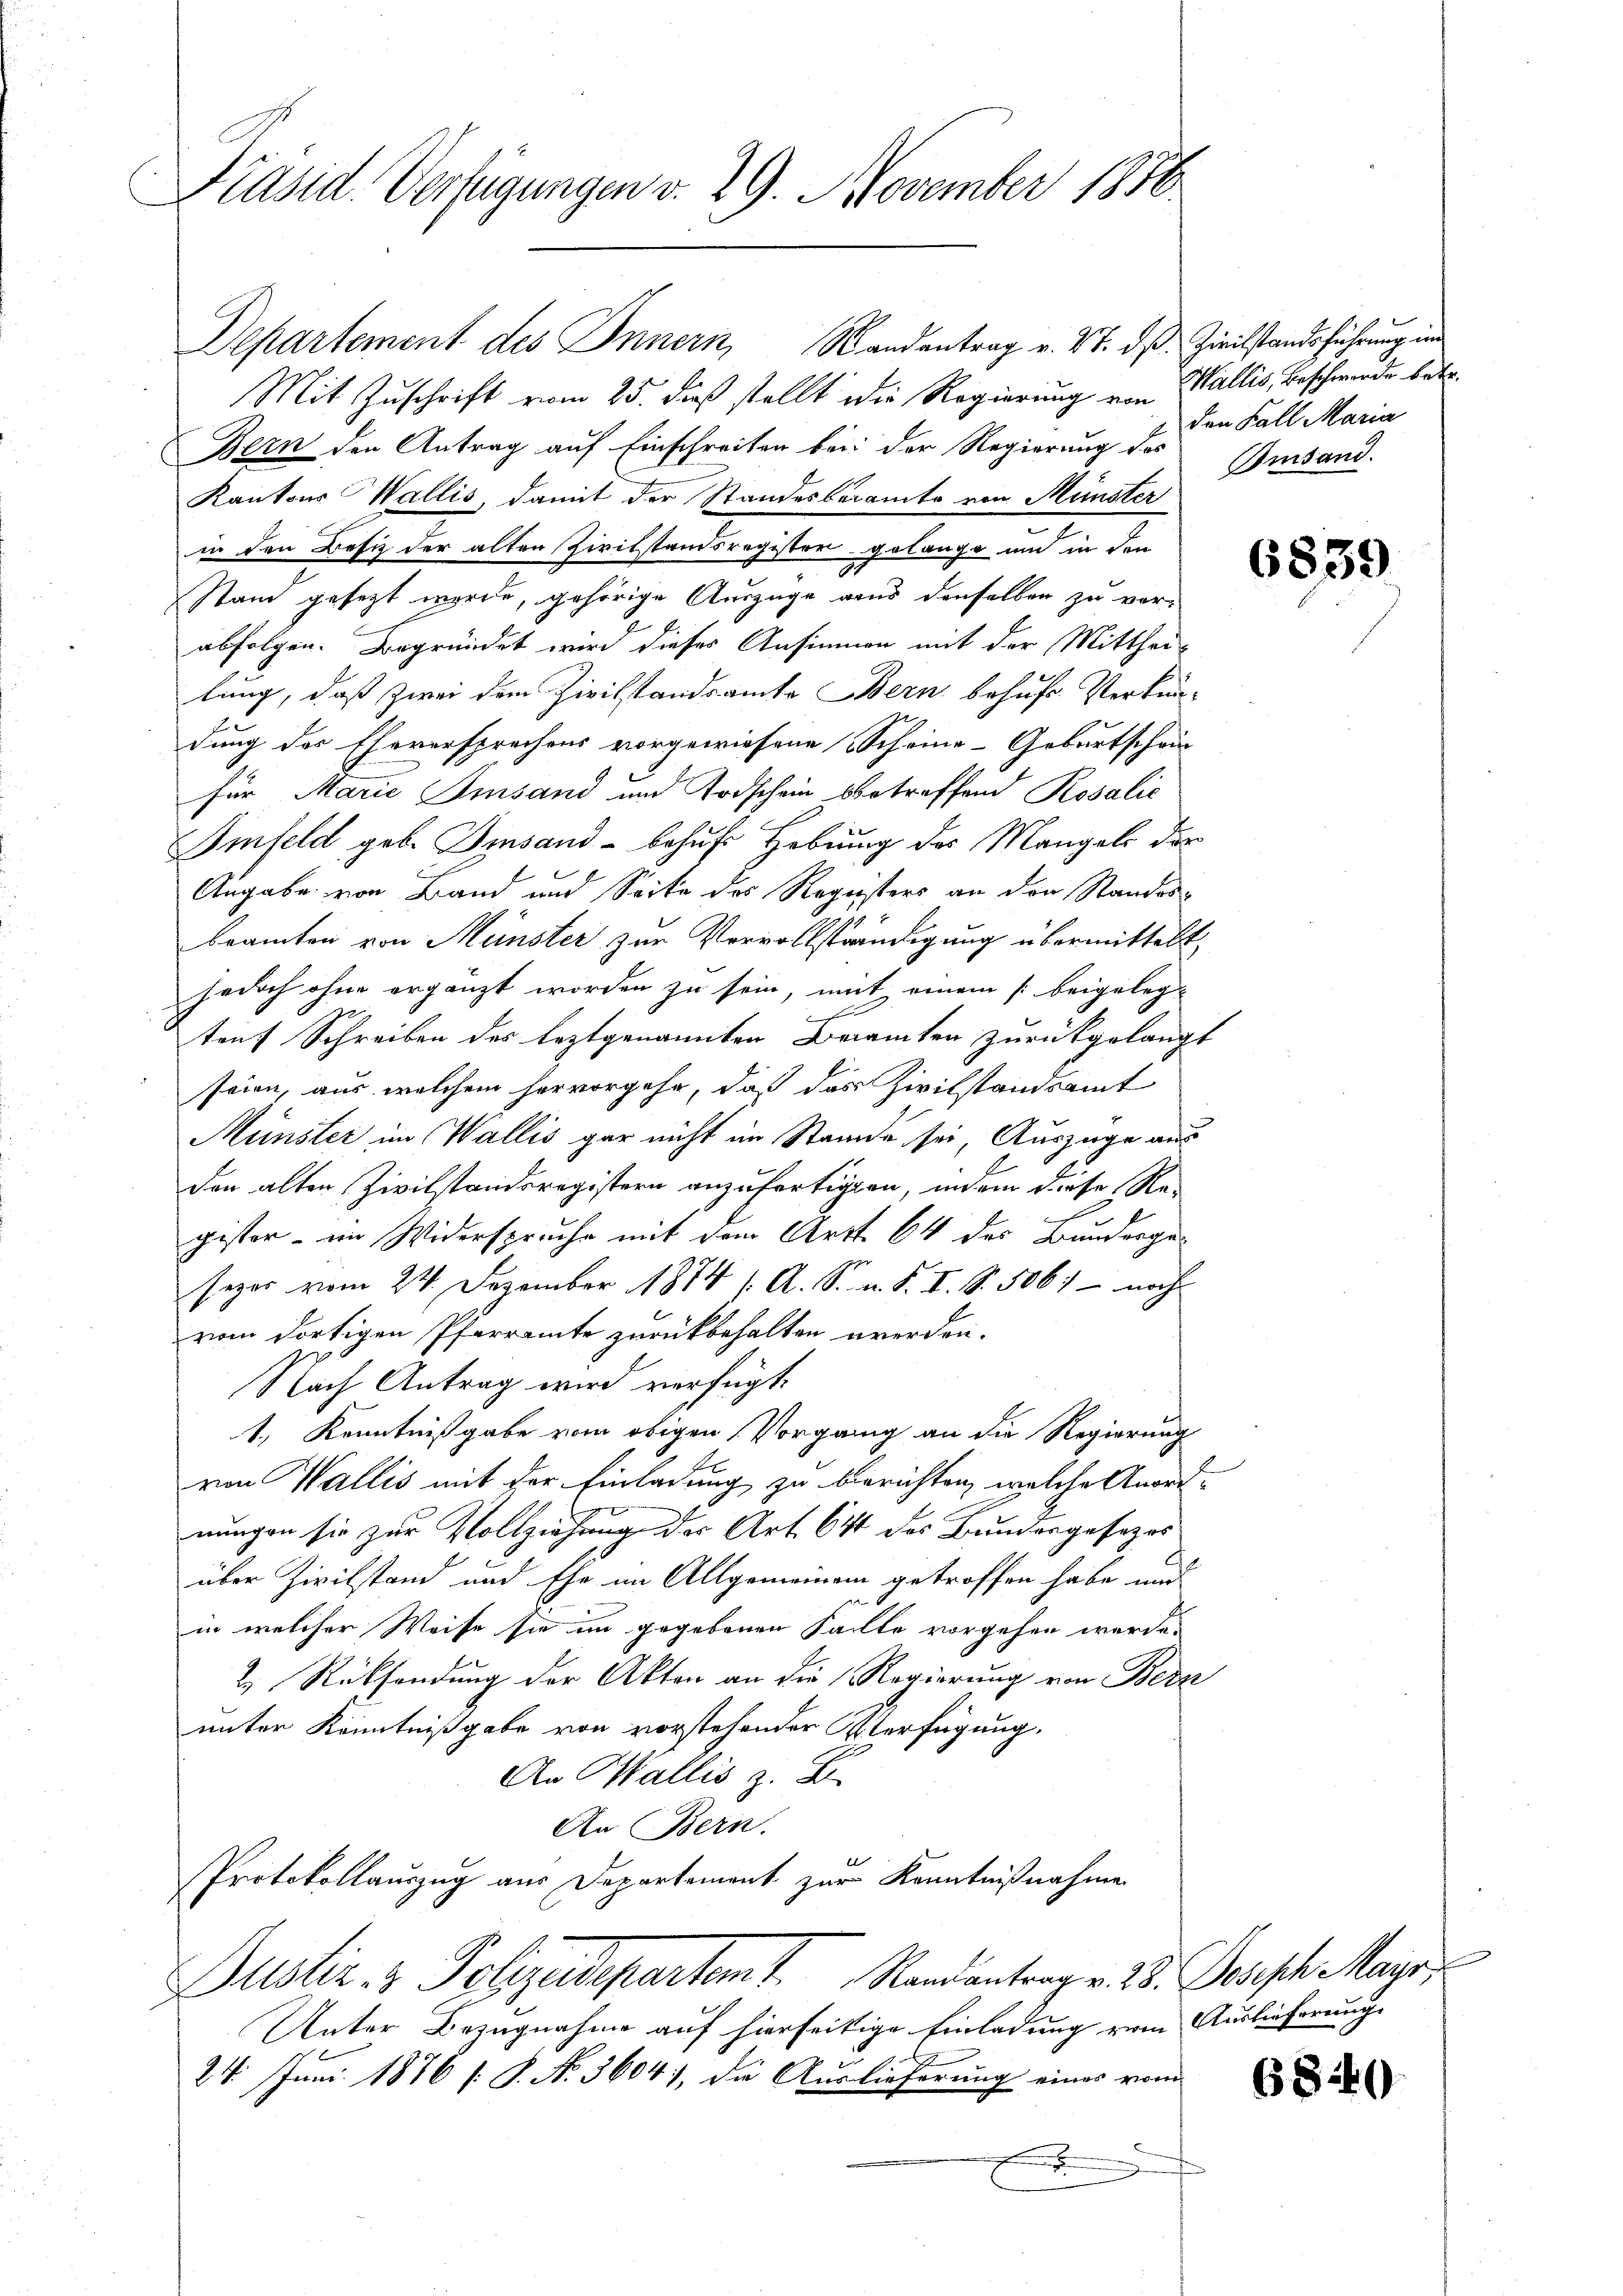
Präsid. Verfügungen v. 29. November 1850

Departement des Innern, Randantrag v. 17. dß. Zivilstandsführung un
Mit Zuschrift vom 25. dieß stellt die Regierung von Wallis, Beschwerde betr.
Bern den Antrag auf Einschreiten bei: der Regierung des
Kantons Wallis, damit der Standesberamte von Münster
in den Besiz der alten Zivilstandsregister gelange und in den
Nam gesezt werde, gehörige Auszüge aus denselben zu ver-
abfolgen. Begründet wird dieses Ansinnen mit der Mitthei-
lung, daß zwei dem Zivilstandsamte Bern behufs Verkun-
dung der Eheversprechens vorgewiesene Scheine-Geburtschein
für Marie Imsans und Todschein betreffend Rosalie
Imfeld geb. Imsand - behuf Hebung des Mangels der
Angabe von Band und Seite des Registers an den Standesbeamten von Münster zur Vervollständigung übermittelt,
jedoch ohne ergänzt worden zu sein, mit einem [beigeleg-
tent Schreiben des leztgenannten Beamten zurückgelangt
seien, aus welchem hervorgehe, daß das Zivilstandsamt
Münster im Wallis gar nicht im Stande sei Auszüge aus
den alten Zivilstandsregistern anzufertigten, indem diese Re-
gister - im Widerspruche mit dem Art. 64 des Bundergesezes vom 24. Dezember 1874 s. A. S. n. F. I. S. 506) - nach
vom dortigen Pfarramte zurückbehalten werden.
Nach Antrag wird verfügt:
1., Kenntnißgabe vom obigen Vorgang an die Regierung
von Wallis mit der Einladung zu berichten, welche Anordnungen sie zur Vollziehung der Art. 64 des Bundesgesezes
über Zivilstand und Ehe im Allgemeinem getroffen habe und
in welcher Weise sie im gegebenen Falle vorgehen werde.
2.) Rücksendung der Akten an die Regierung von Bern
unter Kenntnißgabe von vorstehender Verfügung.
An Wallis z. B.
An Bern.
Protokollauszug aus Departement zur Kenntnißnahme
Dustiz- & Polizadepartem H. Randantrag v. 25. Joseph Mayr
Unter Bezugnahme auf hierseitige Einladung vom Auslieferung
2
24. Juni 1876 s. S. N. 3604, die Auslieferung eines vom
.

den Fall Maria
Amsand.

6839

6840